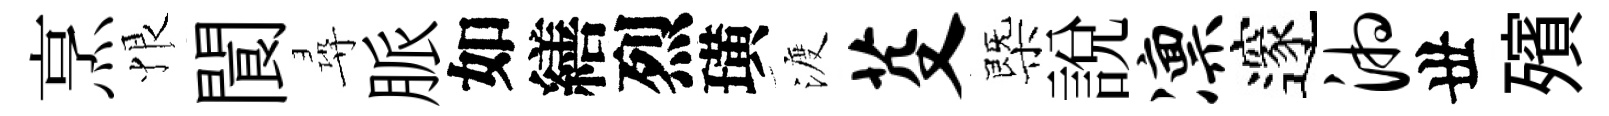
烹恨閬尋脈如繕烈璜渡芟㮣說凛邃湘丗殯